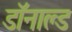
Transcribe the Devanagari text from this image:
डाॅनाल्ड